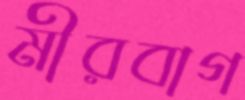
মীরবাগ